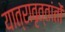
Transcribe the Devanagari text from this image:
यात्रावृत्तांतों